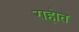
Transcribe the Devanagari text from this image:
राहोत